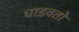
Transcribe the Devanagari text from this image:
धाडवतो